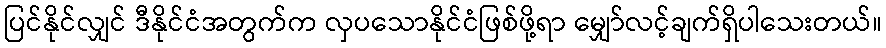
ပြင်နိုင်လျှင် ဒီနိုင်ငံအတွက်က လှပသောနိုင်ငံဖြစ်ဖို့ရာ မျှော်လင့်ချက်ရှိပါသေးတယ်။